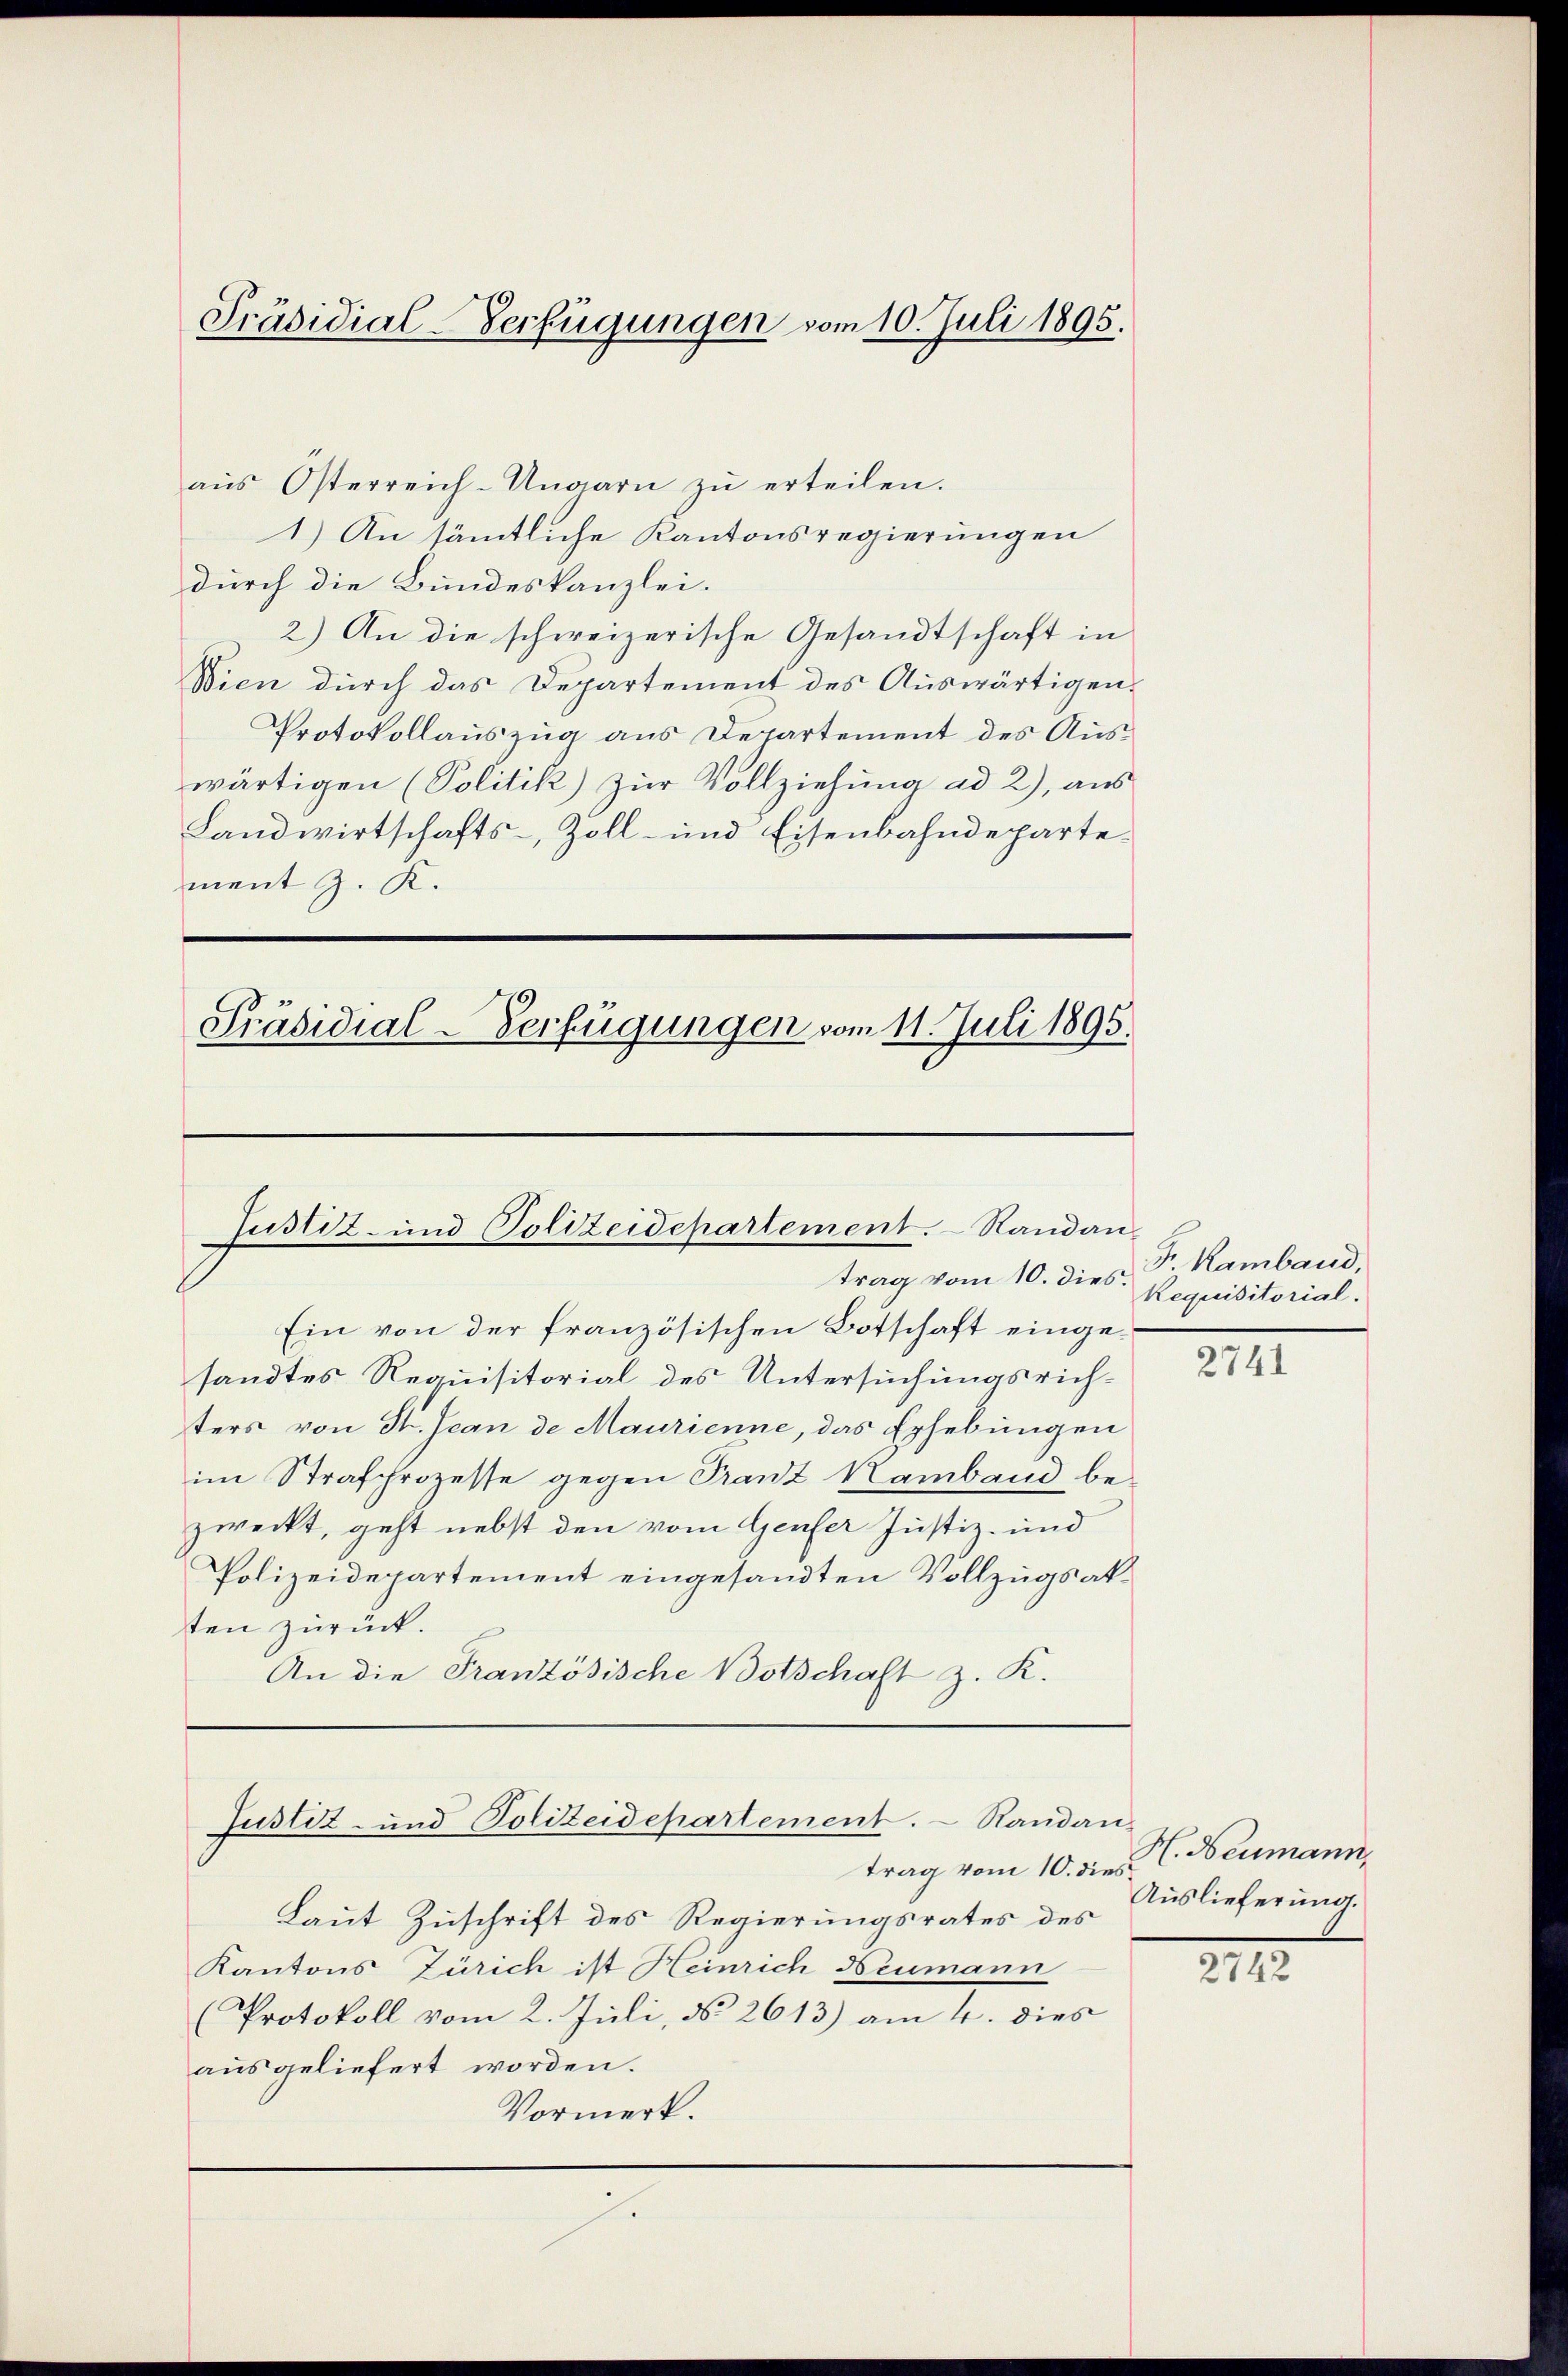
Präsidial-Verfügungen vom 10. Juli 1895.

aŭs Österreich-Ungarn zŭ erteilen.
1.) An sämtliche Kantonsregierungen
durch die Bundeskanzlei.
2) An die schweizerische Gesandtschaft in
Wien durch das Departement des Auswärtigen¬
Protokollauszug aus Departement des Auswärtigen (Politik) zur Vollziehung ad 2), aus
Landwirtschafts-, Zoll- und Eisenbahndepartement J. K.

Präsidial-Verfügungen vom 11. Juli 1895.

Ein von der französischen Botschaft eingesandtes Requisitorial des Untersuchungsrichters von St. Jean de Maurienne, das Erhebungen
im Strafprozesse gegen Franz Kamband bezweckt, geht nebst den vom Genfer Justiz- und
Polizeidepartement eingesandten Vollzugsakten zurück.
An die Französische Botschaft z. K.

Justiz- und Polizeidepartement. Standantrag vom 10. dies.

Justiz- und Polizeidepartement. - Sandan-

trag vom 10. dies
Laut Zuschrift des Regierungsrates des
Kantons Zürich ist Heinrich Neumann
(Protokoll vom 2. Juli, § 2613) am 4. dies
ausgeliefert worden.
Vormerk.

Fr. Kamband,
Requisitorial.

2741

H. Neumann,
Auslieferung.

2742